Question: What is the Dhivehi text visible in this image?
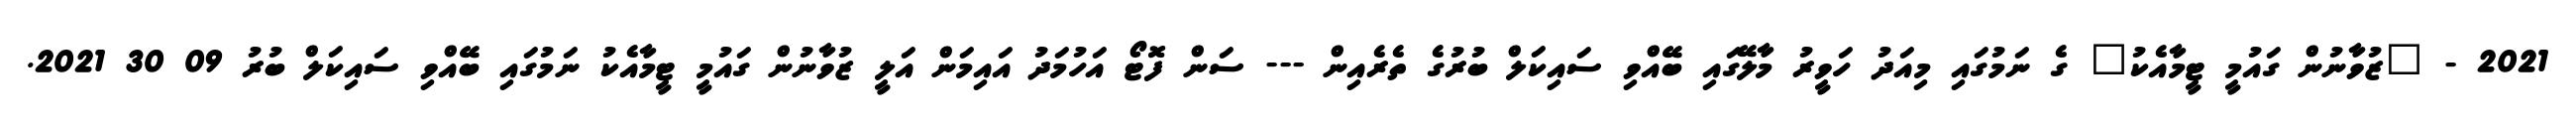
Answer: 2021 - "ޒުވާނުން ގައުމީ ޓީމާއެކު" ގެ ނަމުގައި މިއަދު ހަވީރު މާލޭގައި ބޭއްވި ސައިކަލް ބުރުގެ ތެރެއިން --- ސަން ފޮޓޯ އަހުމަދު އައިމަން އަލީ ޒުވާނުން ގައުމީ ޓީމާއެކު ނަމުގައި ބޭއްވި ސައިކަލް ބުރު 09 30 2021.